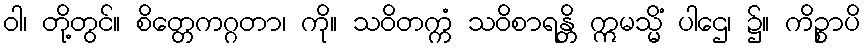
ဝါ၊ တို့တွင်။ စိတ္တေကဂ္ဂတာ၊ ကို။ သဝိတက္ကံ သဝိစာရန္တိ ဣမသ္မိံ ပါဌေ၊ ၌။ ကိဉ္စာပိ